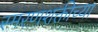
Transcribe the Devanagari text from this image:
स्मरणशक्तीच्या